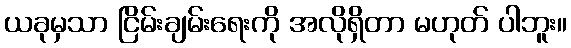
ယခုမှသာ ငြိမ်းချမ်းရေးကို အလိုရှိတာ မဟုတ် ပါဘူး။